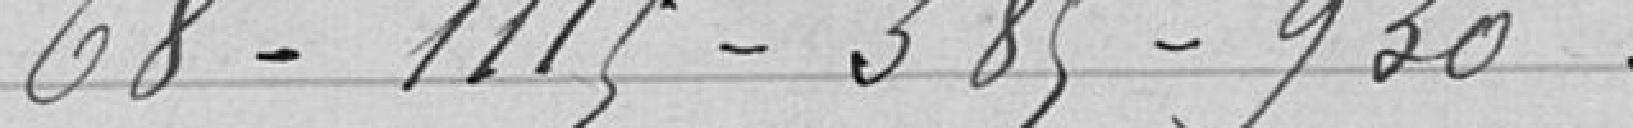
68-1 115-385-930